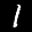
Label: 1